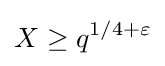
X\geq q^{1/4+\varepsilon }